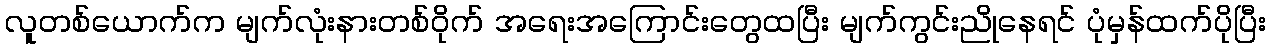
လူတစ်ယောက်က မျက်လုံးနားတစ်ဝိုက် အရေးအကြောင်းတွေထပြီး မျက်ကွင်းညိုနေရင် ပုံမှန်ထက်ပိုပြီး